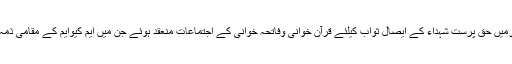
یوم سوگ کے سلسلے میں ایم کیوایم کے صوبائی اور ضلعی دفاترمیں حق پرست شہداء کے ایصال ثواب کیلئے قرآن خوانی وفاتحہ خوانی کے اجتماعات منعقد ہوئے جن میں ایم کیوایم کے مقامی ذمہ داروں ، کارکنوں اورہمدرد عوام نے بڑی تعداد میں شرکت کی ۔